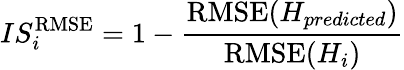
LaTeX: {IS_{i}^{\mathrm{RMSE}}=1-\frac{\mathrm{RMSE}(H_{predicted})}{\mathrm{RMSE}(H_{i})}}